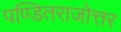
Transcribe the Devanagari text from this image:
पण्डितराजोत्तर